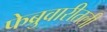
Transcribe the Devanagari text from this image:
फेब्रुवारीतली